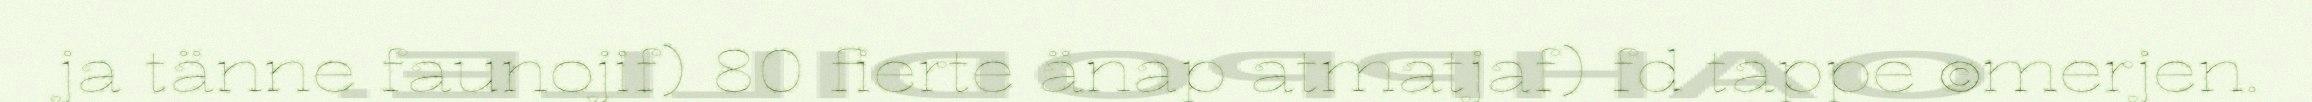
ja tänne faunojif) 80 fierte änap atmatjaf) fd tappe ©merjen.